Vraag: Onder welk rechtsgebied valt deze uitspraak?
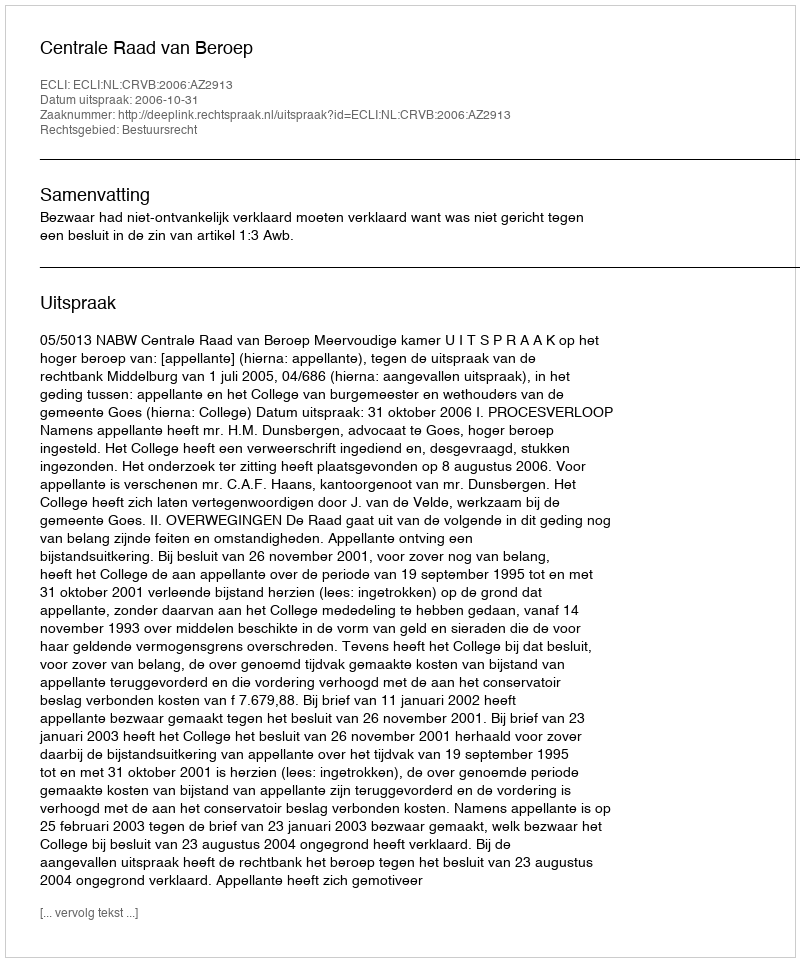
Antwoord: Bestuursrecht